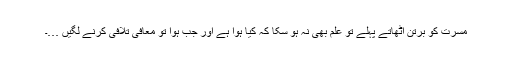
مسرت کو برتن اٹھاتے پہلے تو علم بھی نہ ہو سکا کہ کیا ہوا ہے اور جب ہوا تو معافی تلافی کرنے لگیں …۔